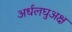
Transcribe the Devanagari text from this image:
अर्धलघुअक्ष